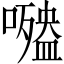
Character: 𡂍